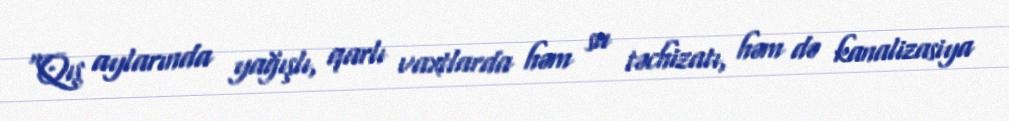
“Qış aylarında yağışlı, qarlı vaxtlarda həm su təchizatı, həm də kanalizasiya